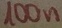
Text: 100n